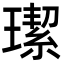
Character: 𤩦